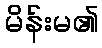
မိန်းမ၏